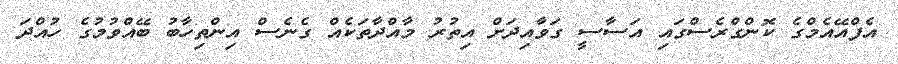
އެފްއޭއެމްގެ ކޮންގްރެސްގައި އަސާސީ ގަވާއިދަށް އިތުރު މާއްދާތަކެއް ގެނެސް އިންތިހާބު ބޭއްވުމުގެ ހުއްދަ